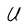
Character: U